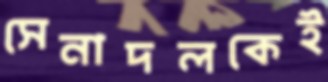
সেনাদলকেই